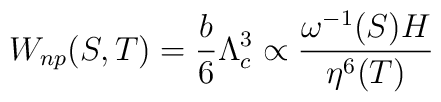
W_{np}(S,T) = \frac{b}{6} \Lambda_c^3 \propto \frac{\omega^{-1}(S) H}{\eta^6(T)}